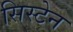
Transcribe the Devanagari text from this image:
सिस्टेन